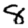
Digit: 8